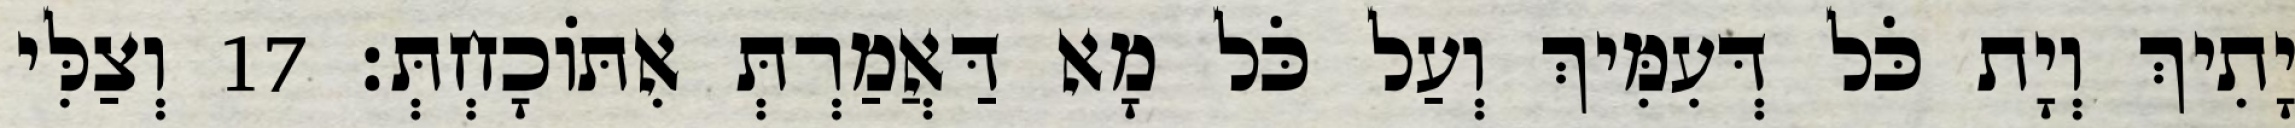
יָתִיךְ וְיָת כֹּל דְּעִמִּיךְ וְעַל כֹּל מָא דַּאֲמַרְתְּ אִתּוֹכָחְתְּ׃ 17 וְצַלִּי